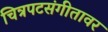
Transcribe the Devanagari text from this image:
चित्रपटसंगीतावर